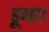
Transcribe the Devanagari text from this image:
डूबा।